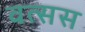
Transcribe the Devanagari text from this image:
वत्सस